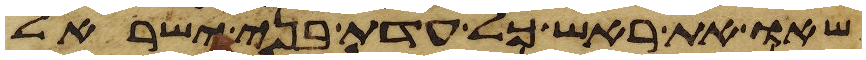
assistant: שאו את ראש כל עדת בני ישראל